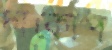
দাকোপ